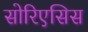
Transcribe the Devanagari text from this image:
सोरिएसिस